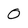
Character: O